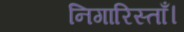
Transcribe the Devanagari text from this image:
निगारिस्ताँ।